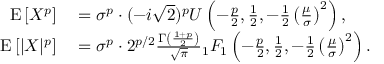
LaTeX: \begin{array} { r l } { \operatorname { E } \left[ X ^ { p } \right] } & { { } = \sigma ^ { p } \cdot ( - i { \sqrt { 2 } } ) ^ { p } U \left( - { \frac { p } { 2 } } , { \frac { 1 } { 2 } } , - { \frac { 1 } { 2 } } \left( { \frac { \mu } { \sigma } } \right) ^ { 2 } \right) , } \\ { \operatorname { E } \left[ | X | ^ { p } \right] } & { { } = \sigma ^ { p } \cdot 2 ^ { p / 2 } { \frac { \Gamma \left( { \frac { 1 + p } { 2 } } \right) } { \sqrt { \pi } } } { } _ { 1 } F _ { 1 } \left( - { \frac { p } { 2 } } , { \frac { 1 } { 2 } } , - { \frac { 1 } { 2 } } \left( { \frac { \mu } { \sigma } } \right) ^ { 2 } \right) . } \end{array}